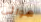
هوائي